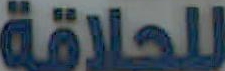
للحلاقة